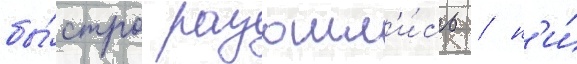
бы́стро разошл'и́сь / н'и́